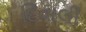
દિવાલી